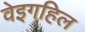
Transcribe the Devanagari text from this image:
वेइगहिल